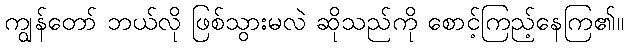
ကျွန်တော် ဘယ်လို ဖြစ်သွားမလဲ ဆိုသည်ကို စောင့်ကြည့်နေကြ၏။